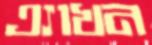
এ্যাখন